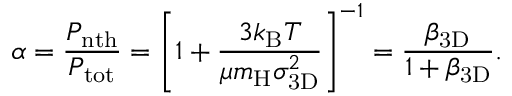
\alpha = \frac { P _ { \mathrm { n t h } } } { P _ { \mathrm { t o t } } } = \left[ 1 + \frac { 3 k _ { \mathrm { { B } } } T } { \mu m _ { \mathrm { { H } } } \sigma _ { \mathrm { 3 D } } ^ { 2 } } \right] ^ { - 1 } = \frac { \beta _ { \mathrm { 3 D } } } { 1 + \beta _ { \mathrm { 3 D } } } .